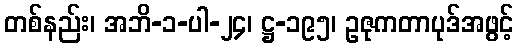
တစ်နည်း၊ အဘိ-၁-ပါ-၂၄၊ ဋ္ဌ-၁၉၅၊ ဥဇုကတာပုဒ်အဖွင့်